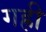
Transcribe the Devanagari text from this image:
गह्री